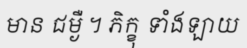
មាន ជម្ងឺ ។ ភិក្ខុ ទាំងឡាយ